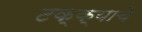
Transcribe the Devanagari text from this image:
टक्क्याचे